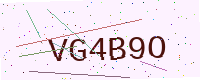
Text: VG4B9O